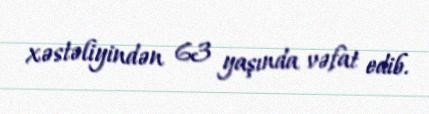
xəstəliyindən 63 yaşında vəfat edib.